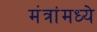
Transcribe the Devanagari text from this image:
मंत्रांमध्ये